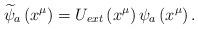
LaTeX: \begin{align*}\widetilde{\psi }_{a}\left( x^{\mu }\right) =U_{ext}\left( x^{\mu }\right)\psi _{a}\left( x^{\mu }\right) .\end{align*}